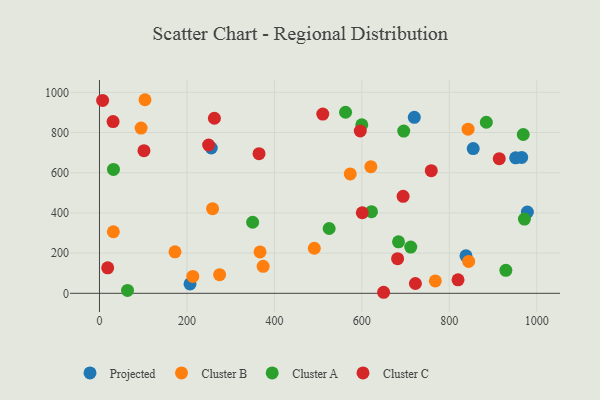
{"axis": {"x": "Speed", "y": "Yield"}, "legend": ["Cluster A", "Cluster B", "Cluster C", "Projected"], "data": [{"x": "854.7", "y": 720.3, "type": "Projected"}, {"x": "720.0", "y": 875.5, "type": "Projected"}, {"x": "255.7", "y": 723.0, "type": "Projected"}, {"x": "978.6", "y": 404.1, "type": "Projected"}, {"x": "207.1", "y": 46.8, "type": "Projected"}, {"x": "838.2", "y": 186.6, "type": "Projected"}, {"x": "965.6", "y": 676.0, "type": "Projected"}, {"x": "951.8", "y": 674.0, "type": "Projected"}, {"x": "768.1", "y": 61.4, "type": "Cluster B"}, {"x": "172.7", "y": 206.6, "type": "Cluster B"}, {"x": "374.3", "y": 134.2, "type": "Cluster B"}, {"x": "573.5", "y": 594.0, "type": "Cluster B"}, {"x": "620.6", "y": 629.9, "type": "Cluster B"}, {"x": "367.2", "y": 205.9, "type": "Cluster B"}, {"x": "491.3", "y": 224.1, "type": "Cluster B"}, {"x": "104.1", "y": 963.2, "type": "Cluster B"}, {"x": "274.7", "y": 92.6, "type": "Cluster B"}, {"x": "843.0", "y": 816.5, "type": "Cluster B"}, {"x": "258.6", "y": 421.2, "type": "Cluster B"}, {"x": "844.3", "y": 158.8, "type": "Cluster B"}, {"x": "213.4", "y": 83.9, "type": "Cluster B"}, {"x": "95.2", "y": 822.3, "type": "Cluster B"}, {"x": "31.7", "y": 306.2, "type": "Cluster B"}, {"x": "695.8", "y": 807.2, "type": "Cluster A"}, {"x": "622.1", "y": 406.0, "type": "Cluster A"}, {"x": "711.8", "y": 229.9, "type": "Cluster A"}, {"x": "32.0", "y": 616.3, "type": "Cluster A"}, {"x": "525.3", "y": 322.4, "type": "Cluster A"}, {"x": "969.2", "y": 790.2, "type": "Cluster A"}, {"x": "884.7", "y": 851.0, "type": "Cluster A"}, {"x": "683.9", "y": 256.3, "type": "Cluster A"}, {"x": "599.9", "y": 838.8, "type": "Cluster A"}, {"x": "971.9", "y": 369.2, "type": "Cluster A"}, {"x": "64.1", "y": 14.4, "type": "Cluster A"}, {"x": "929.4", "y": 114.2, "type": "Cluster A"}, {"x": "350.3", "y": 353.6, "type": "Cluster A"}, {"x": "562.8", "y": 900.9, "type": "Cluster A"}, {"x": "31.1", "y": 854.7, "type": "Cluster C"}, {"x": "7.2", "y": 959.7, "type": "Cluster C"}, {"x": "820.0", "y": 66.9, "type": "Cluster C"}, {"x": "722.5", "y": 48.7, "type": "Cluster C"}, {"x": "364.9", "y": 694.8, "type": "Cluster C"}, {"x": "510.7", "y": 891.7, "type": "Cluster C"}, {"x": "262.8", "y": 870.9, "type": "Cluster C"}, {"x": "18.8", "y": 126.8, "type": "Cluster C"}, {"x": "914.3", "y": 669.9, "type": "Cluster C"}, {"x": "758.8", "y": 610.2, "type": "Cluster C"}, {"x": "694.4", "y": 482.4, "type": "Cluster C"}, {"x": "681.8", "y": 172.1, "type": "Cluster C"}, {"x": "596.4", "y": 807.5, "type": "Cluster C"}, {"x": "101.7", "y": 709.9, "type": "Cluster C"}, {"x": "601.0", "y": 400.9, "type": "Cluster C"}, {"x": "249.6", "y": 737.8, "type": "Cluster C"}, {"x": "649.8", "y": 5.1, "type": "Cluster C"}]}